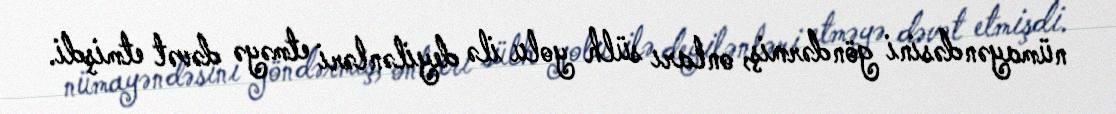
nümayəndəsini göndərmiş, onları sülh yolu ilə deyilənləri etməyə dəvət etmişdi.